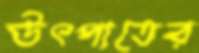
উৎপাতের